Insane asylums in Bengal annual reports 1876-1887 - 1876-1887
Year: 1876
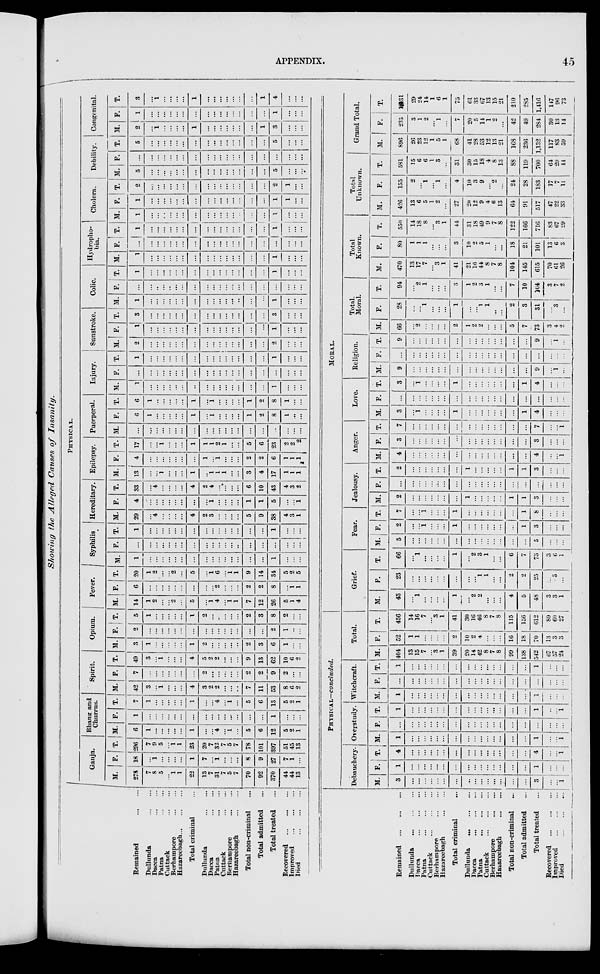
APPENDIX.
45
Showing the Alleged Causes of
Insanity.
Remained ... ...
Dullunda
...
...
Dacca
...
...
Patna
...
...
Cuttack
...
...
Berhampore
...
...
Hazareebagh
...
...
...
Total criminal ...
Dullunda
...
...
Dacca
...
...
Patna
...
...
Cuttack
...
...
Berhampore
...
...
Hazareebagh
...
...
Total non-criminal ...
Total admitted ...
Total treated ...
Recovered
...
...
...
Improved
...
...
...
Died
...
...
...
PHYSICAL.
Ganja.
M.
278
7
8
5
...
1
1
22
13
7
31
7
5
7
70
92
370
44
44
13
F.
18
...
1
...
...
...
...
1
7
...
1
...
...
...
8
9
27
7
1
...
T.
296
7
9
5
...
1
1
23
20
7
32
7
5
7
78
101
397
51
45
13
Bhang and
Churrus.
M.
6
1
...
...
...
...
...
1
...
...
4
...
1
...
5
6
12
5
2
1
F.
1
...
...
...
...
...
...
...
...
...
...
...
...
...
...
...
1
...
...
...
T.
7
1
...
...
...
...
...
1
...
...
4
...
1
...
5
6
13
5
2
1
Spirit.
M.
42
3
...
1
...
...
...
4
3
2
2
...
...
...
7
11
53
8
6
2
F.
7
...
...
...
...
...
...
...
2
...
...
...
...
...
2
2
9
2
...
...
T.
49
3
...
1
...
...
...
4
5
2
2
...
...
...
9
13
62
10
6
2
Opium.
M.
3
1
...
...
...
...
...
1
2
...
...
...
...
...
2
3
6
1
...
...
F.
2
...
...
...
...
...
...
...
...
...
...
...
...
...
...
...
2
1
...
...
T.
5
1
...
...
...
...
...
1
2
...
...
...
...
...
2
3
8
2
...
...
Fever.
M.
14
1
2
...
...
2
...
5
...
1
4
...
1 1
7
12
26
5
1
4
F.
6
...
...
...
...
...
...
...
...
...
2
...
...
...
2
2
8
...
1
1
T.
20
1
2
...
...
2
...
5
...
1 6
...
1 1
9
14
34
5
2
5
Syphilis
M.
1
...
...
...
...
...
...
...
...
...
...
...
...
...
...
...
1
...
...
...
F.
...
...
...
...
...
...
...
...
...
...
...
...
...
...
...
...
...
...
...
...
T.
1
...
...
...
...
...
...
...
...
...
...
...
...
...
...
...
1
...
...
...
Hereditary.
M.
29
...
4
...
...
...
...
4
2
3
...
...
...
...
5
9
38
4
3
1
F.
4
...
...
...
...
...
...
...
...
1
...
...
...
...
1
1
5
...
...
1
T.
33
...
4
...
...
...
...
4
2
4
...
...
...
...
6
10
43
4
3
2
Epilepsy.
M.
13
...
...
1
...
...
...
1
...
1
1
1
...
...
3
4
17
1
1
1
F.
4
...
...
...
...
...
...
...
1
...
1
...
...
...
2
2
6
1
1
1
T.
17
...
...
1
...
...
...
1
1
1
2
1
...
...
5
6
23
2
2
2
Puerperal.
M.
...
...
...
...
...
...
...
...
...
...
...
...
...
...
...
...
...
...
...
...
F.
6
1
...
...
...
...
...
1
...
1
...
...
...
...
1
2
8
1
...
...
T.
6
1
...
...
...
...
...
1
...
1
. . .
. . .
...
...
1
2
8
1
...
...
Injury.
M.
1
...
...
...
...
...
...
...
...
...
...
...
...
...
...
...
1
...
...
...
F.
...
...
...
...
...
...
...
...
...
...
...
...
...
...
...
...
...
...
...
...
T.
1
...
...
...
...
...
...
...
...
...
...
...
...
...
...
...
1
...
...
...
Sunstroke.
M.
2
...
...
...
...
...
...
...
...
...
...
...
...
...
...
...
2
...
...
...
F.
1
...
...
...
...
...
...
...
...
...
...
...
...
...
...
...
1
...
...
...
T.
3
...
...
...
...
...
...
...
...
...
...
...
...
...
...
...
3
...
...
...
Colic.
M.
1
...
...
...
...
...
...
...
...
...
...
...
...
...
...
...
1
...
...
...
F.
...
...
...
...
..
...
...
...
...
...
...
...
...
...
...
...
...
...
...
...
T.
1
...
...
...
...
...
...
...
...
...
...
...
...
...
...
...
1
...
...
...
Hydropho-
bia.
M.
1
...
...
...
...
...
...
...
...
...
...
...
...
...
...
...
1
...
...
...
F.
...
...
...
...
...
...
...
...
...
...
...
...
...
...
...
...
...
...
...
...
T.
1
...
...
...
...
...
...
...
...
...
...
...
...
...
...
...
1
...
...
...
Cholera.
M.
1
...
...
...
...
...
...
...
...
...
...
...
...
...
...
...
1
...
...
...
F.
1
...
...
...
...
...
...
...
...
...
...
...
...
...
...
...
1
1
...
...
T.
2
...
...
...
...
...
...
...
...
...
...
...
...
...
...
...
2
1
...
...
Debility.
M.
5
...
...
...
...
...
...
...
...
...
...
...
...
...
...
...
5
...
...
...
F.
...
...
...
...
...
...
...
...
...
...
...
...
...
...
...
...
...
...
...
...
T.
5
...
...
...
...
...
...
...
...
...
...
...
...
...
...
...
5
...
...
...
Congenital.
M.
2
...
1
...
...
...
...
1
...
...
...
...
...
...
...
1
3
...
...
...
F.
1
...
...
...
...
...
...
...
...
...
...
...
...
...
...
...
1
...
...
...
T.
3
...
1
...
...
...
...
1
...
...
...
...
...
...
...
1
4
...
...
...
Remained
...
...
...
Dullunda
...
...
...
Dacca
...
...
...
Patna
...
...
...
Cuttack
...
...
...
Berhampore
...
...
Hazareebagh
...
...
Total criminal ...
Dullunda ... ... ...
Dacca
...
...
...
Patna
...
...
...
Cuttack
...
...
...
Berhampore
...
...
Hazareebagh
...
...
Total non-criminal ...
Total admitted ...
Total treated ...
Recovered
...
...
...
Improved
...
...
...
Died
...
...
...
PHYSICAL—concluded.
Debauchery.
M.
3
...
...
...
...
...
...
...
...
...
...
...
...
...
...
...
3
...
...
1
F.
1
...
...
...
...
...
...
...
...
...
...
...
...
...
...
...
1
...
...
...
T.
4
...
...
...
...
...
...
...
...
...
...
...
...
...
...
...
4
...
...
1
Overstudy.
M.
1
...
...
...
...
...
...
...
...
...
...
...
...
...
...
...
1
...
...
1
F.
...
...
...
...
...
...
...
...
...
...
...
...
...
...
...
...
...
...
...
...
T.
1
...
...
...
...
...
...
...
...
...
...
...
...
...
...
...
1
...
...
1
Witchcraft.
M.
1
...
...
...
...
...
...
...
...
...
...
...
...
...
...
...
1
...
...
...
F.
...
...
...
...
...
...
...
...
...
...
...
...
...
...
...
...
...
...
...
...
T.
1
...
...
...
...
...
...
...
...
...
...
...
...
...
...
...
1
...
...
...
Total.
M.
404
13
15
7
...
3
1
39
20
14
42
8
7
8
99
138
542
67
57
24
F.
52
1
1
...
...
...
...
2
10
2
4
...
...
...
16
18
70
13
3
3
T.
456
14
16
7
...
3
1
41
30
16
46
8
7
8
115
156
612
80
60
27
MORAL.
Grief.
M.
43
...
1
...
...
...
...
1
...
2
2
...
...
...
4
5
48
3
3
1
F.
23
...
...
...
...
...
...
...
...
...
1
1
...
...
2
2
25
...
3
...
T.
66
...
1
...
...
...
...
1
...
2
3
1
...
...
6
7
73
3
6
1
Fear.
M.
5
...
...
...
...
...
...
...
...
...
...
...
...
...
...
...
5
...
...
...
F.
2
...
...
1
...
...
...
1
...
...
...
...
...
...
...
1
3
...
...
...
T.
7
...
...
1
...
...
...
1
...
...
...
...
...
...
...
1
8
...
...
...
Jealousy.
M.
2
...
...
...
...
...
...
...
1
...
...
...
...
...
1
1
3
...
...
...
F.
...
...
...
...
...
...
...
...
...
...
...
...
...
...
...
...
...
...
...
...
T.
2
...
...
...
...
...
...
...
1
...
...
...
...
...
1
1
3
...
...
...
Anger.
M.
4
...
...
...
...
...
...
...
...
...
...
...
...
...
...
...
4
...
...
1
F.
3
...
...
...
...
...
...
...
...
...
...
...
...
...
...
...
3
...
...
...
T.
7
...
...
...
...
...
...
...
...
...
...
...
...
...
...
...
7
...
...
1
Love.
M.
3
...
1
...
...
...
...
1
...
...
...
...
...
...
...
1
4
...
...
...
F.
...
...
...
...
...
...
...
...
...
...
...
...
...
...
...
...
...
...
...
...
T.
3
...
1
...
...
...
...
1
...
...
...
...
...
...
...
1
4
...
...
...
Religion.
M.
9
...
...
...
...
...
...
...
...
...
...
...
...
...
...
...
9
...
1
...
F.
...
...
...
...
...
...
...
...
...
...
...
...
...
...
...
...
...
...
...
...
T.
9
...
...
...
...
...
...
...
...
...
...
...
...
...
...
9
...
1
...
Total
Moral.
M.
66
...
2
...
...
...
...
2
1
2
2
...
...
...
5
7
73
3
4
2
F.
28
...
...
1
...
...
...
1
...
...
1
1
...
...
2
3
31
...
3
...
T.
94
...
2
1
...
...
...
3
1
2
3
1
...
...
7
10
204
3
7
2
Total
Known.
M.
470
13
17
7
...
3
1
41
21
16
44
8
7
8
104
145
615
70
61
26
F.
80
1
1
1
...
...
...
3
10
2
5
1
...
...
18
21
101
13
6
3
T.
550
14
18
8
...
3
1
44
31
18
49
9
7
8
122
166
716
83
67
29
Total
Unknown.
M.
426
13
6
5
1
2
...
27
20
12
9
4
6
13
64
91
517
47
22
33
F.
155
2
...
1
...
1
...
4
10
3
9
...
2
...
24
28
183
17
7
11
T.
581
15
6
6
1
3
...
31
30
15
18
4
8
13
88
119
700
64
29
41
Grand Total.
M.
896
26
23
12
1
5
1
68
41
28
53
12
13
21
168
236
1,132
117
83
59
F.
235
3
1
2
...
1
...
7
20
5
14
1
2
...
42
49
284
30
13
14
T.
1,131
29
24
14
1
6
1
75
61
33
67
13
15
21
210
285
1,416
147
96
73